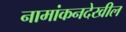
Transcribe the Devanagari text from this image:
नामांकनदेखील